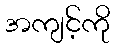
အကျင့်ကို